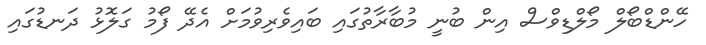
ހޭންޑްބޯލް މޯލްޑިވްސް އިން ބުނީ މުބާރާތުގައި ބައިވެރިވުމަށް އެދޭ ފޯމު ގަލޮޅު ދަނޑުގައި